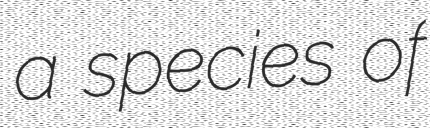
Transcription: a species of